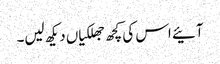
آئیے اس کی کچھ جھلکیاں دیکھ لیں۔